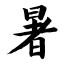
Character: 暑